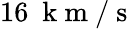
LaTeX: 16~\mathrm{~k~m~/~s~}